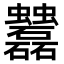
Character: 𧖌